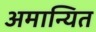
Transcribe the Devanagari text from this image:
अमान्यित